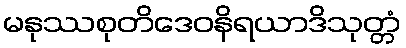
မနုဿစုတိဒေဝနိရယာဒိသုတ္တံ